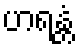
ဟရန္တံ